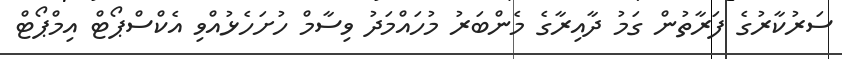
ސަރުކާރުގެ ފަރާތުން ގަމު ދާއިރާގެ މެންބަރު މުހައްމަދު ވިސާމް ހުށަހެޅުއްވި އެކްސްޕޯޓް އިމްޕޯޓް